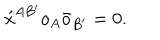
\acute { x } ^ { A B ^ { \prime } } o _ { A } \bar { o } _ { B ^ { \prime } } = 0 .